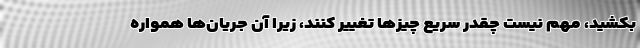
بکشید، مهم نیست چقدر سریع چیزها تغییر کنند، زیرا آن جریان‌ها همواره